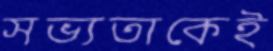
সভ্যতাকেই